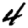
Digit: 4